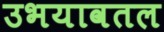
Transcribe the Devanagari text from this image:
उभयावतल